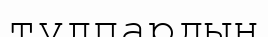
тұлпардың